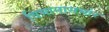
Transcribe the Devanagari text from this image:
विमानासमोर